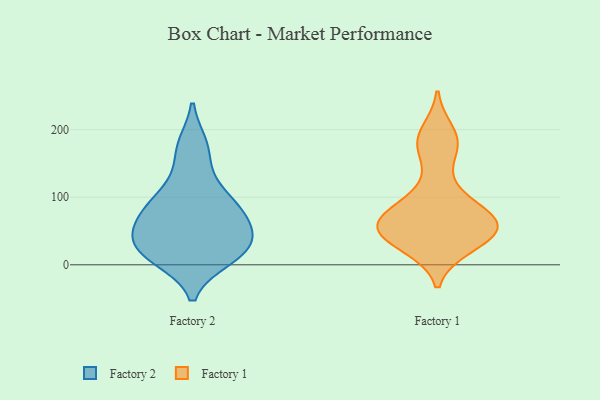
{"axis": {"x": "Gross Profit (USD K)", "y": "Value"}, "legend": ["Factory 1", "Factory 2"], "data": [{"x": "", "y": 30, "type": "Factory 2"}, {"x": "", "y": 10, "type": "Factory 2"}, {"x": "", "y": 122, "type": "Factory 2"}, {"x": "", "y": 62, "type": "Factory 2"}, {"x": "", "y": 170, "type": "Factory 2"}, {"x": "", "y": 176, "type": "Factory 2"}, {"x": "", "y": 25, "type": "Factory 2"}, {"x": "", "y": 90, "type": "Factory 2"}, {"x": "", "y": 22, "type": "Factory 2"}, {"x": "", "y": 47, "type": "Factory 2"}, {"x": "", "y": 86, "type": "Factory 2"}, {"x": "", "y": 22, "type": "Factory 2"}, {"x": "", "y": 96, "type": "Factory 2"}, {"x": "", "y": 61, "type": "Factory 2"}, {"x": "", "y": 68, "type": "Factory 2"}, {"x": "", "y": 12, "type": "Factory 2"}, {"x": "", "y": 84, "type": "Factory 1"}, {"x": "", "y": 77, "type": "Factory 1"}, {"x": "", "y": 26, "type": "Factory 1"}, {"x": "", "y": 53, "type": "Factory 1"}, {"x": "", "y": 114, "type": "Factory 1"}, {"x": "", "y": 174, "type": "Factory 1"}, {"x": "", "y": 176, "type": "Factory 1"}, {"x": "", "y": 47, "type": "Factory 1"}, {"x": "", "y": 28, "type": "Factory 1"}, {"x": "", "y": 67, "type": "Factory 1"}, {"x": "", "y": 61, "type": "Factory 1"}, {"x": "", "y": 50, "type": "Factory 1"}, {"x": "", "y": 197, "type": "Factory 1"}, {"x": "", "y": 57, "type": "Factory 1"}]}